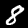
Digit: 8